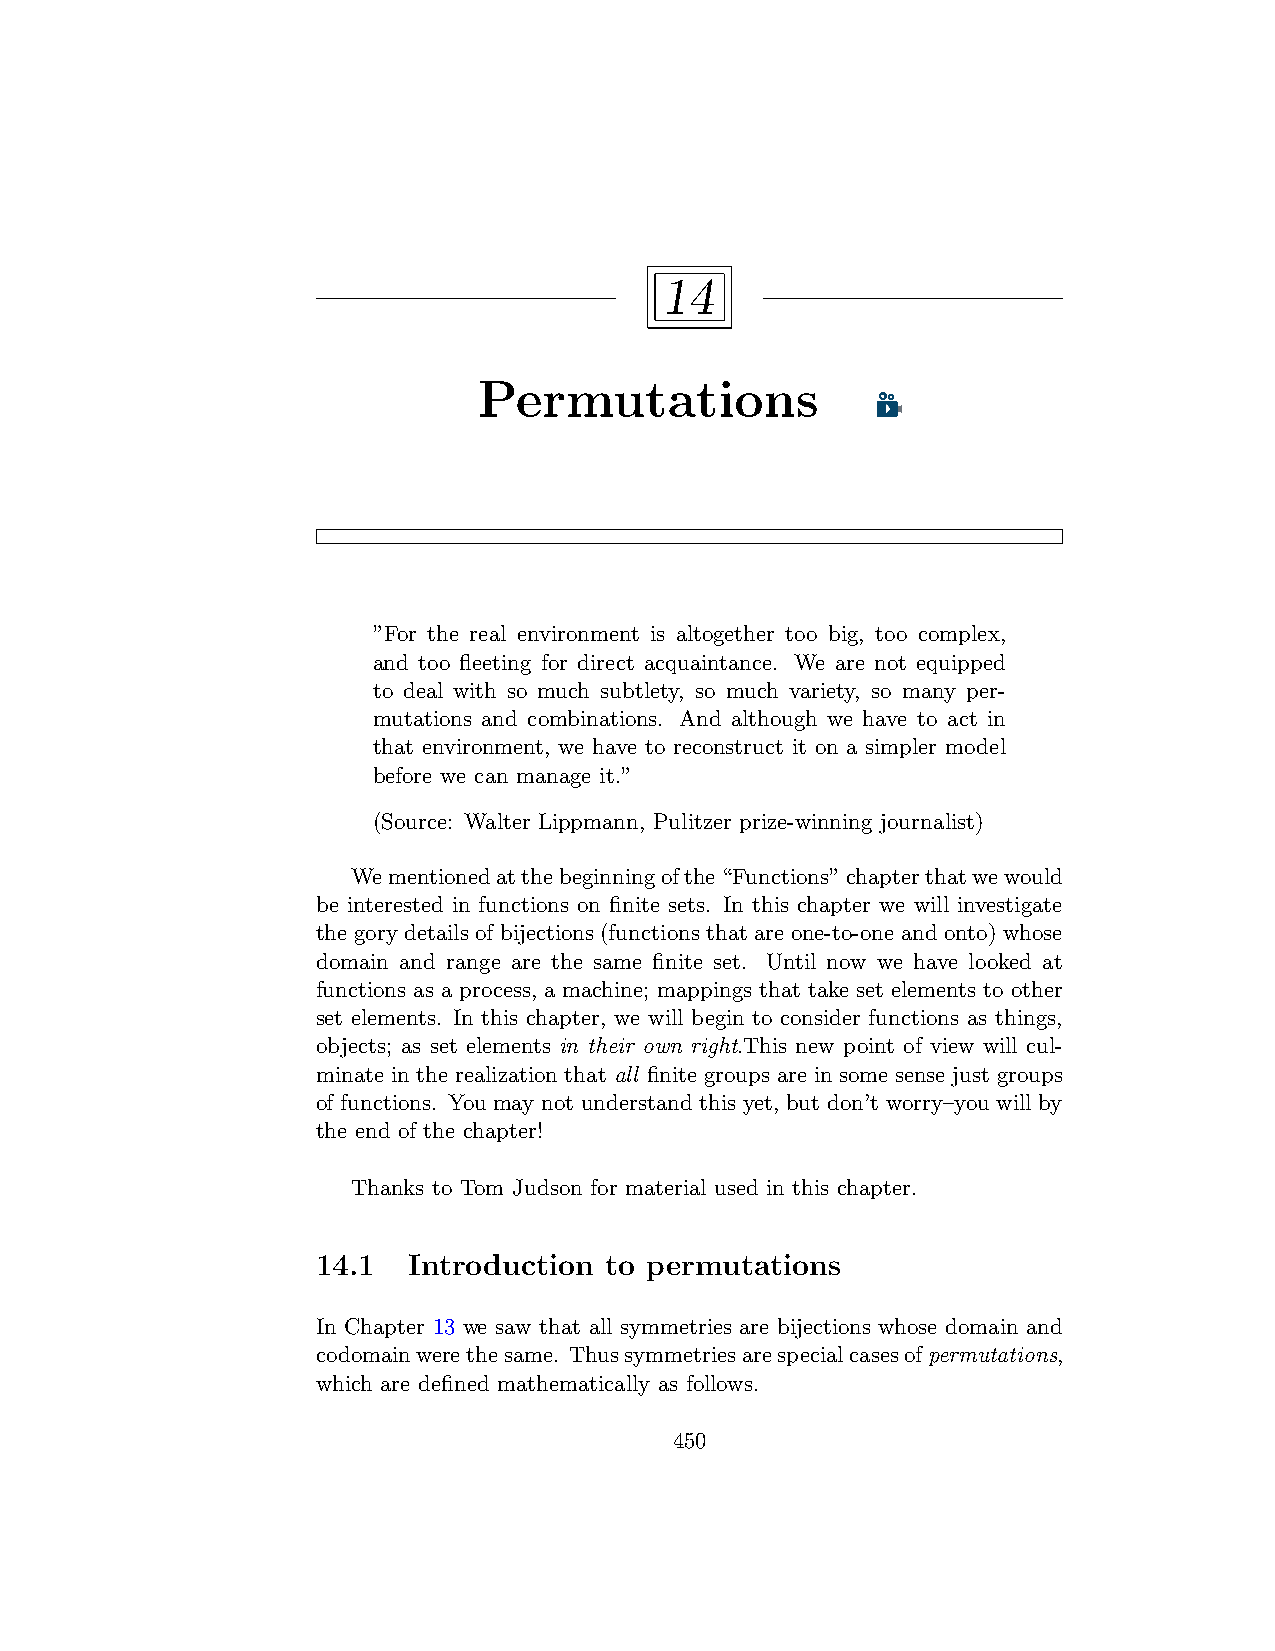
14
 Permutations
 ”For the real environment is altogether too big, too complex,
 and too fleeting for direct acquaintance. We are not equipped
 to deal with so much subtlety, so much variety, so many per-
 mutations and combinations. And although we have to act in
 that environment, we have to reconstruct it on a simpler model
 before we can manage it.”
 (Source: Walter Lippmann, Pulitzer prize-winning journalist)
 Wementionedatthebeginningofthe“Functions”chapterthatwewould
 be interested in functions on finite sets. In this chapter we will investigate
 the gory details of bijections (functions that are one-to-one and onto) whose
 domain and range are the same finite set. Until now we have looked at
 functions as a process, a machine; mappings that take set elements to other
 set elements. In this chapter, we will begin to consider functions as things,
 objects; as set elements in their own right.This new point of view will cul-
 minate in the realization that all finite groups are in some sense just groups
 of functions. You may not understand this yet, but don’t worry–you will by
 the end of the chapter!
 Thanks to Tom Judson for material used in this chapter.
 14.1  Introduction to permutations
 In Chapter 13 we saw that all symmetries are bijections whose domain and
 codomainwerethesame. Thussymmetriesarespecialcasesofpermutations,
 which are defined mathematically as follows.
 450